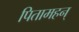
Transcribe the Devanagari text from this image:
पितामहन्